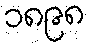
၁၈၉၈